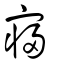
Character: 寢